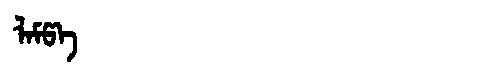
Manchu: ᠯᠠᠮᡦᠠ
Romanization: LAMPA